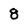
Character: 8